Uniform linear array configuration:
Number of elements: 4
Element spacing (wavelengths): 0.25
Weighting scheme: hamming
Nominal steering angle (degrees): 15
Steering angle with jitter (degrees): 15.477
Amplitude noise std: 0.05
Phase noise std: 0.05

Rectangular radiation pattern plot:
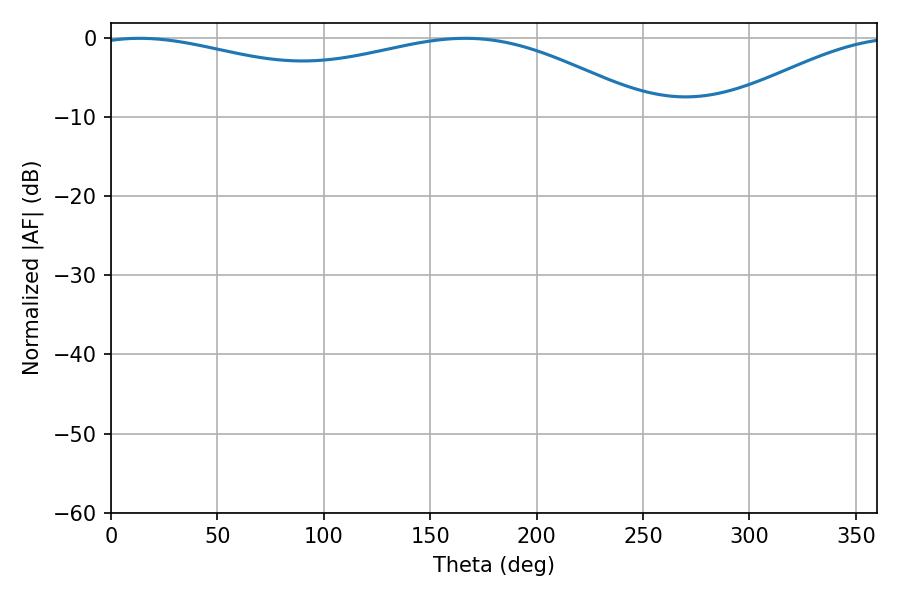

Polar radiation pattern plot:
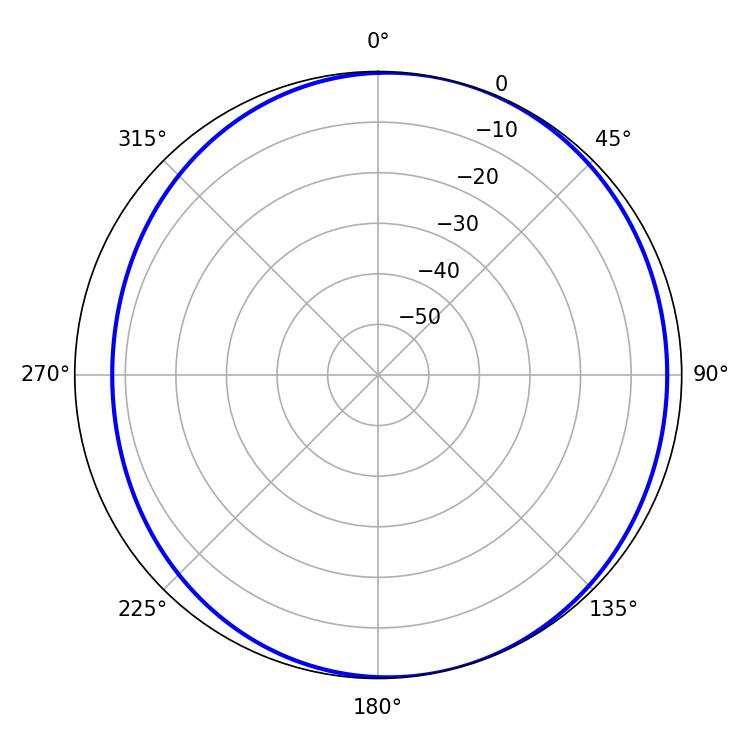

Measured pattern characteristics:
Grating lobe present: FALSE
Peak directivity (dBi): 4.484
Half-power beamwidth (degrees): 214.02
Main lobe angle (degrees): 13.5